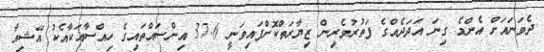
ދެވަނައަށް އެންމެ ގިނަ އަދަދެއްގެ ފަތުރުވެރިން ޒިޔާރަތްކޮށްފައިވަނީ 37.6 އިންސައްތައިގެ ހިއްސާއަކާއެކު އޭޝިއާ